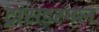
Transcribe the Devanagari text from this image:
ट्रांसडरमल